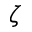
\zeta